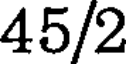
45/2